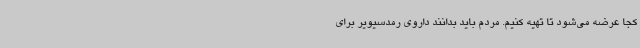
کجا عرضه می‌شود تا تهیه کنیم. مردم باید بدانند داروی رمدسیویر برای